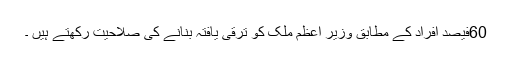
60فیصد افراد کے مطابق وزیر اعظم ملک کو ترقی یافتہ بنانے کی صلاحیت رکھتے ہیں ۔